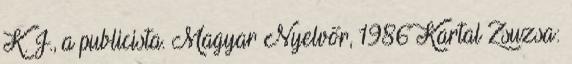
K. J., a publicista. Magyar Nyelvőr, 1986 Kartal Zsuzsa: